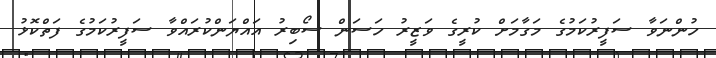
ހުންނަވާ ސަފީރުކަމުގެ މަގާމަށް ކުރީގެ ވަޒީރު ހަސަން ސޯބިރު އައްޔަންކުރައްވާ ސަފީރުކަމުގެ ފަތްކޮޅު